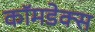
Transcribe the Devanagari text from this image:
कॉमडेक्स